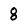
Character: 8